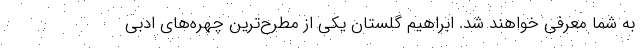
به شما معرفی خواهند شد. ابراهیم گلستان یکی از مطرح‌ترین چهره‌های ادبی